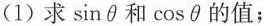
(1)求\sin θ和\cos θ的值；